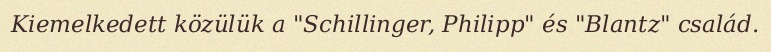
Kiemelkedett közülük a "Schillinger, Philipp" és "Blantz" család.